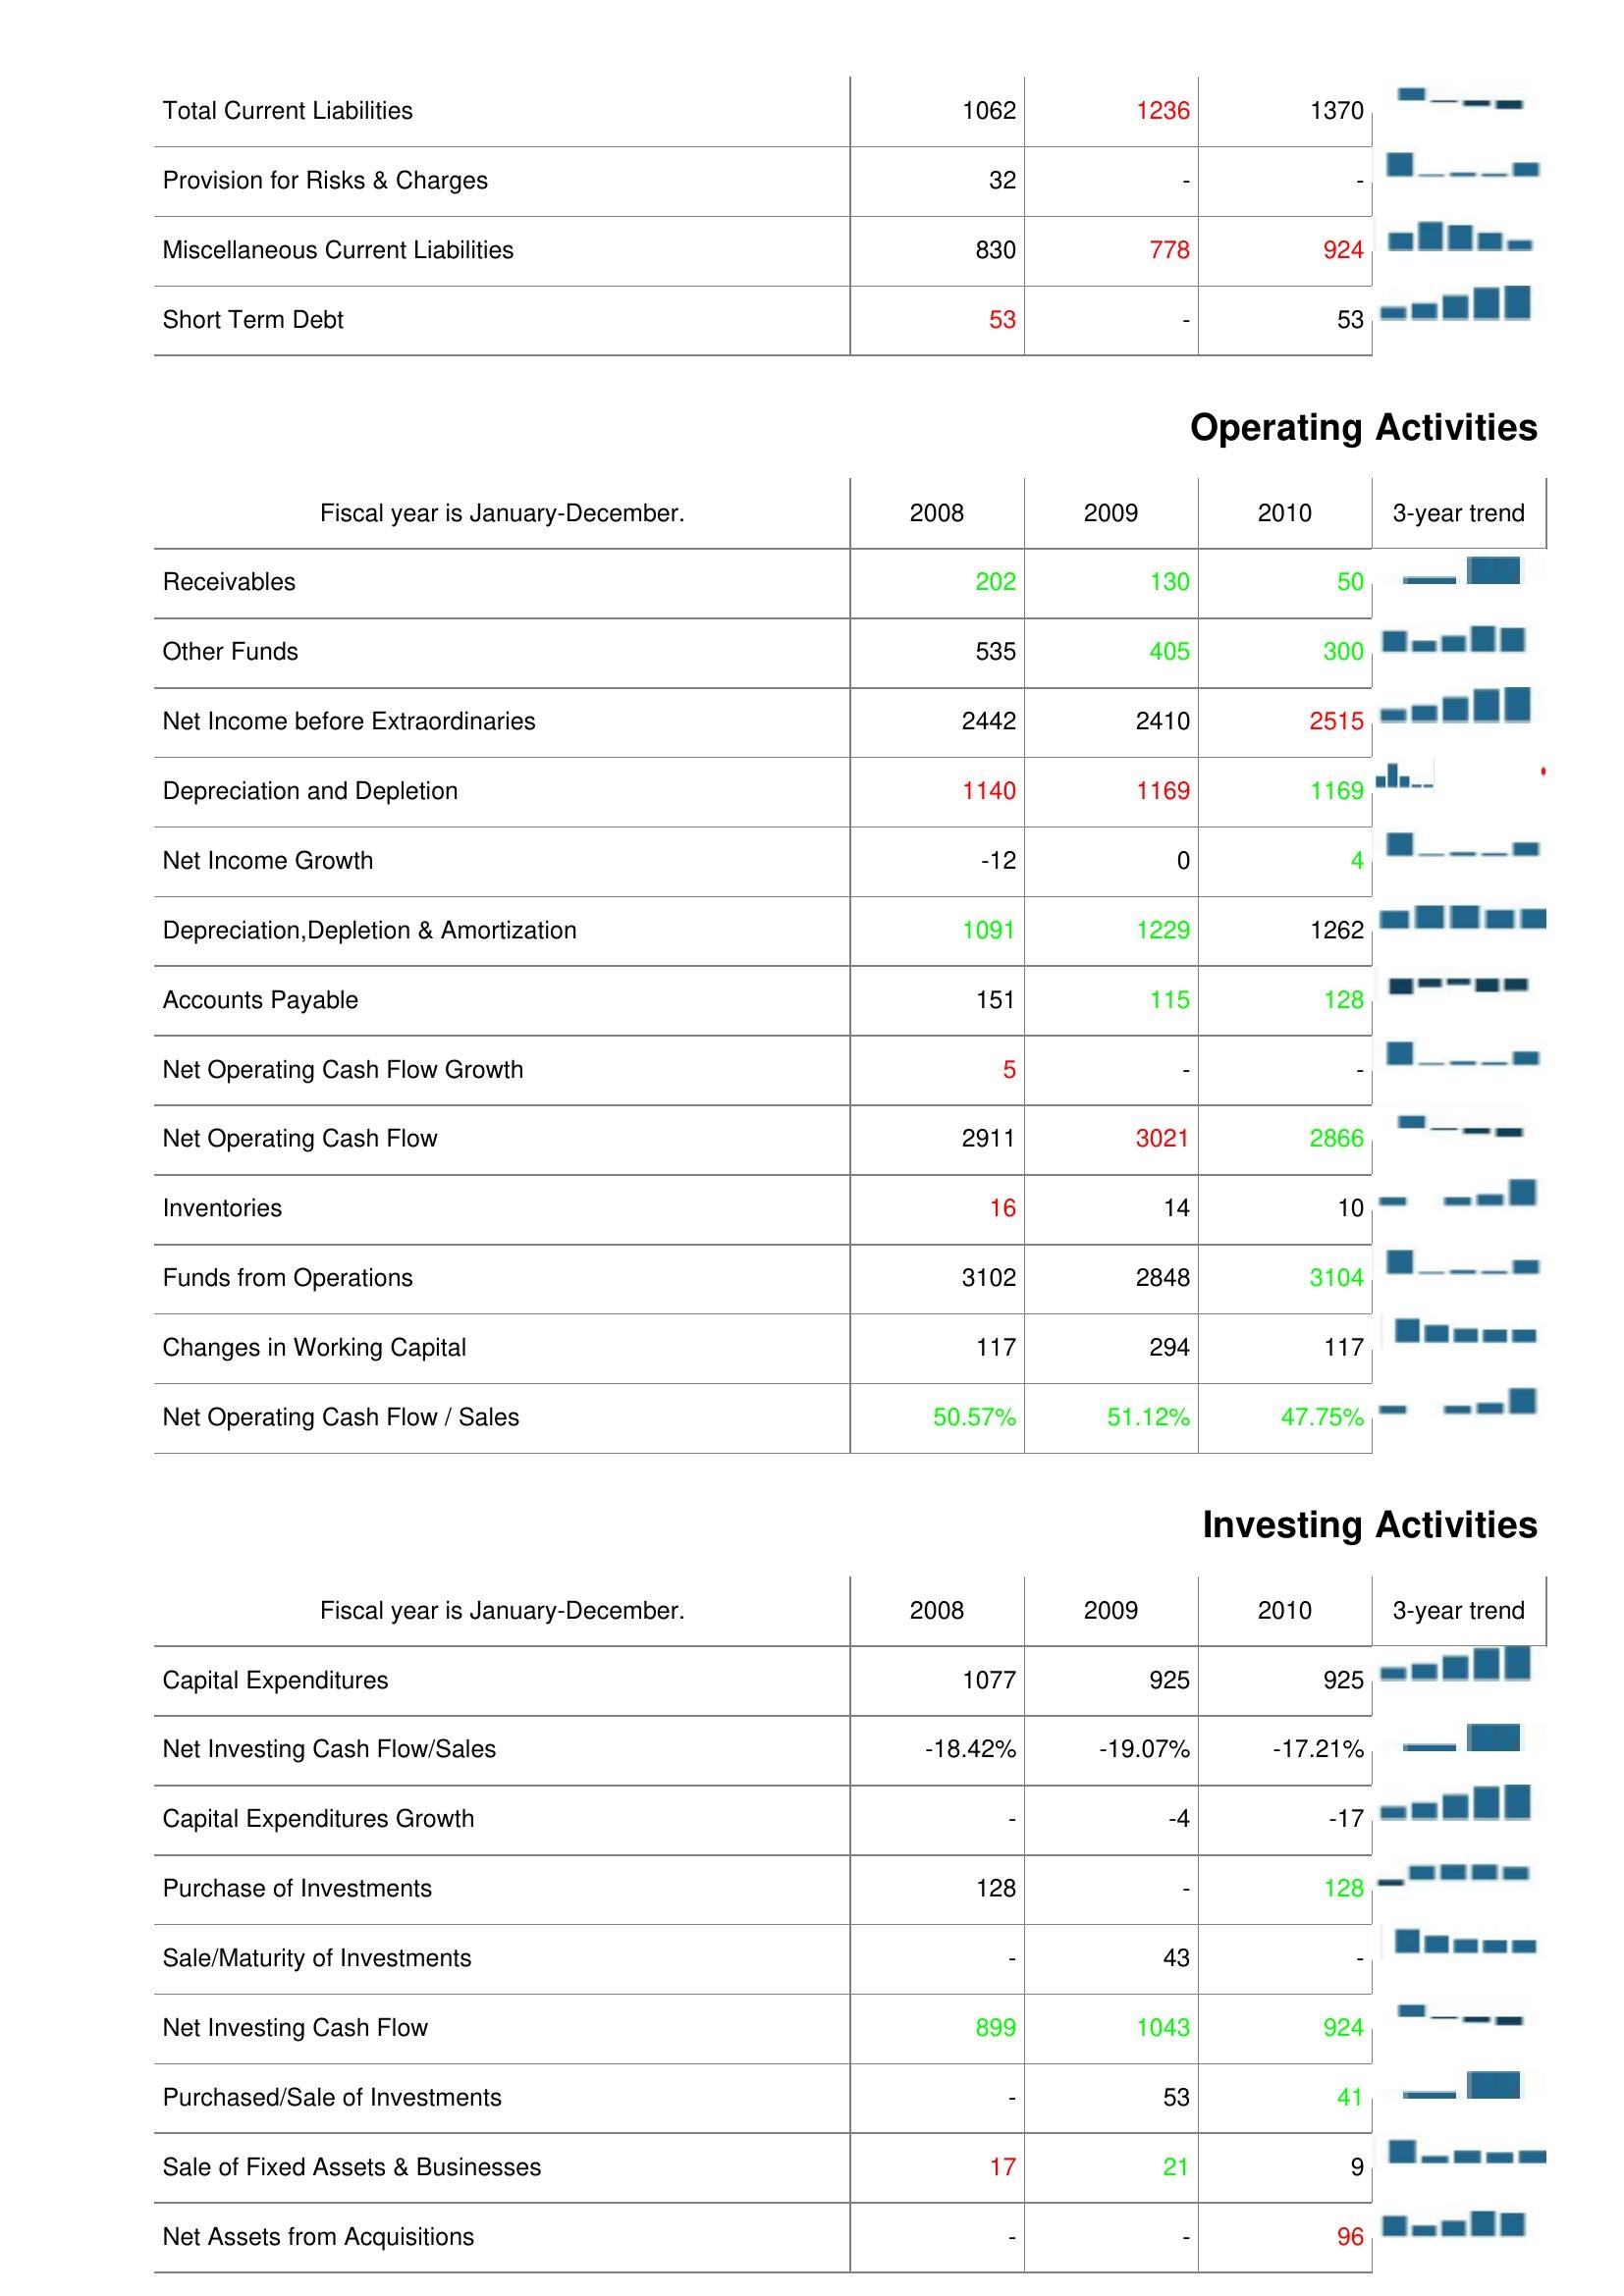
2008: Liabilities & Shareholder's Equity: Total Current Liabilities: 1062
Provision for Risks & Charges: 32
Miscellaneous Current Liabilities: 830
Short Term Debt: 53
Operating Activities: Receivables: 202
Other Funds: 535
Net Income before Extraordinaries: 2442
Depreciation and Depletion: 1140
Net Income Growth: -12
Depreciation,Depletion & Amortization: 1091
Accounts Payable: 151
Net Operating Cash Flow Growth: 5
Net Operating Cash Flow: 2911
Inventories: 16
Funds from Operations: 3102
Changes in Working Capital: 117
Net Operating Cash Flow / Sales: 50.57%
Investing Activities: Capital Expenditures: 1077
Net Investing Cash Flow/Sales: -18.42%
Capital Expenditures Growth: -
Purchase of Investments: 128
Sale/Maturity of Investments: -
Net Investing Cash Flow: 899
Purchased/Sale of Investments: -
Sale of Fixed Assets & Businesses: 17
Net Assets from Acquisitions: -
2009: Liabilities & Shareholder's Equity: Total Current Liabilities: 1236
Provision for Risks & Charges: -
Miscellaneous Current Liabilities: 778
Short Term Debt: -
Operating Activities: Receivables: 130
Other Funds: 405
Net Income before Extraordinaries: 2410
Depreciation and Depletion: 1169
Net Income Growth: 0
Depreciation,Depletion & Amortization: 1229
Accounts Payable: 115
Net Operating Cash Flow Growth: -
Net Operating Cash Flow: 3021
Inventories: 14
Funds from Operations: 2848
Changes in Working Capital: 294
Net Operating Cash Flow / Sales: 51.12%
Investing Activities: Capital Expenditures: 925
Net Investing Cash Flow/Sales: -19.07%
Capital Expenditures Growth: -4
Purchase of Investments: -
Sale/Maturity of Investments: 43
Net Investing Cash Flow: 1043
Purchased/Sale of Investments: 53
Sale of Fixed Assets & Businesses: 21
Net Assets from Acquisitions: -
2010: Liabilities & Shareholder's Equity: Total Current Liabilities: 1370
Provision for Risks & Charges: -
Miscellaneous Current Liabilities: 924
Short Term Debt: 53
Operating Activities: Receivables: 50
Other Funds: 300
Net Income before Extraordinaries: 2515
Depreciation and Depletion: 1169
Net Income Growth: 4
Depreciation,Depletion & Amortization: 1262
Accounts Payable: 128
Net Operating Cash Flow Growth: -
Net Operating Cash Flow: 2866
Inventories: 10
Funds from Operations: 3104
Changes in Working Capital: 117
Net Operating Cash Flow / Sales: 47.75%
Investing Activities: Capital Expenditures: 925
Net Investing Cash Flow/Sales: -17.21%
Capital Expenditures Growth: -17
Purchase of Investments: 128
Sale/Maturity of Investments: -
Net Investing Cash Flow: 924
Purchased/Sale of Investments: 41
Sale of Fixed Assets & Businesses: 9
Net Assets from Acquisitions: 96